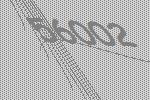
56002